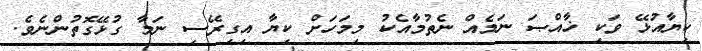
ކިޔާއުޅޭ ވަކި ޚާއްޞަ ނަމެއް ނެތުމާއެކު މިމަހަށް ކިޔާ އިގިރޭސި ނަމާ ގުޅޭގޮތުންނެވެ.